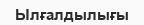
Ылғалдылығы